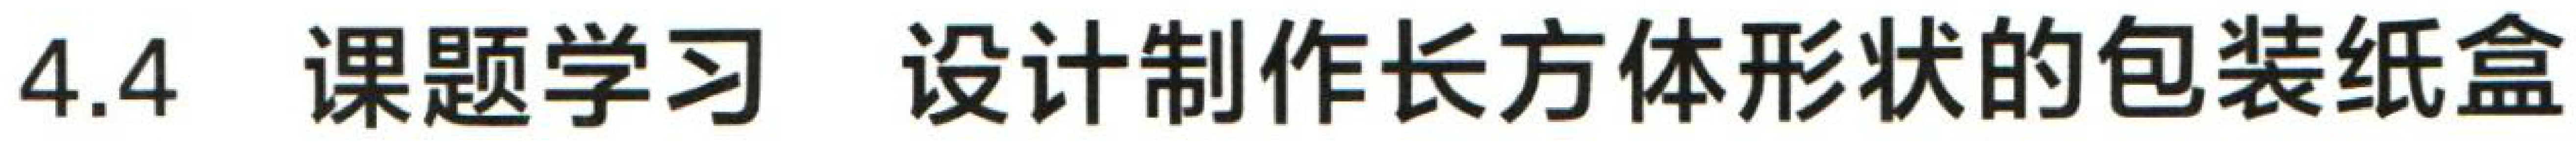
4.4 课题学习 设计制作长方体形状的包装纸盒